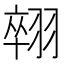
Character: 𦑋